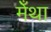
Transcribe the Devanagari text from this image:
मेँथा